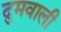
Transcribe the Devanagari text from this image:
दुमवाली